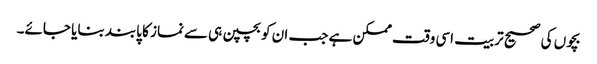
بچوں کی صحیح تربیت اسی وقت ممکن ہے جب ان کوبچپن ہی سےنماز کا پابند بنایا جائے۔